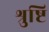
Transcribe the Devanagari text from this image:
श्रुष्टि